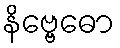
နိဗ္ဗေဓော